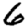
Digit: 6